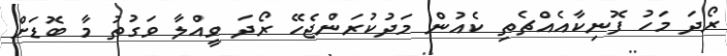
ރޯދަ މަހު ފޮނިކާއެއްޗެތި ކެއުން މަދުކުރަންޖެހޭ ރޯދަ ވީއްލާ ވަގުތު މާ ބޮޑަށް